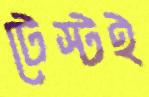
টেস্টই